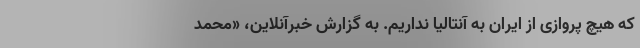
که هیچ پروازی از ایران به آنتالیا نداریم. به گزارش خبرآنلاین، «محمد